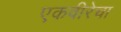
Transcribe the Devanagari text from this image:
एकवीरेचा